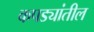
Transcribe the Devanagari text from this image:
कपड्यांतील